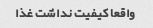
واقعا کیفیت نداشت غذا